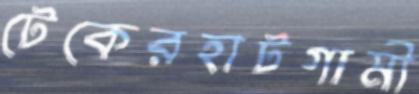
টেকেরহাটগামী